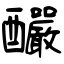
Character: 釅